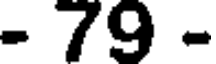
- 79 -